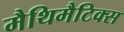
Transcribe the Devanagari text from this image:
मैथिमैटिक्स